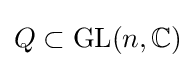
Q\subset \operatorname {GL} (n,\mathbb {C} )